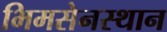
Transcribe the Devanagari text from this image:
भिमसेनस्थान